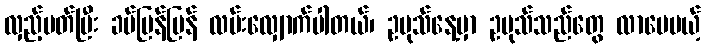
လှည့်ပတ်ပြီး ခပ်မြန်မြန် လမ်းလျှောက်ပါတယ်၊ ဥပုသ်နေ့မှာ ဥပုသ်သည်တွေ လာပေမယ့်